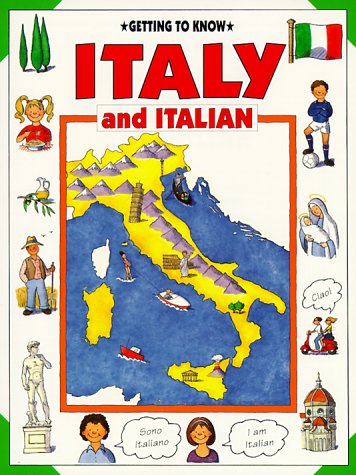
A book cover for Getting to Know Italy and Italian (Getting to Know Series); Emma Sansone; Children's Books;